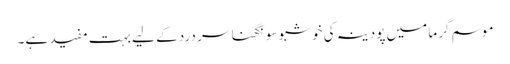
موسم گرما میں پودینہ کی خوشبو سونگھنا سر درد کے لیے بہت مفید ہے۔